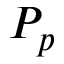
P _ { p }